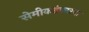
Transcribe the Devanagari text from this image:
सेमीकडंक्टरचा